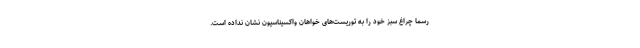
رسما چراغ سبز خود را به توریست‌های خواهان واکسیناسیون نشان نداده است.